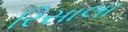
રિસાલા